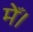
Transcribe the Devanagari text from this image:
मेँ।